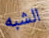
الشبه